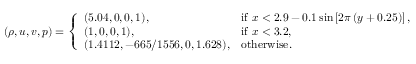
( \rho , u , v , p ) = \left\{ \begin{array} { l l } { ( 5 . 0 4 , 0 , 0 , 1 ) , } & { \mathrm { i f ~ } x < 2 . 9 - 0 . 1 \sin \left[ 2 \pi \left( y + 0 . 2 5 \right) \right] , } \\ { ( 1 , 0 , 0 , 1 ) , } & { \mathrm { i f ~ } x < 3 . 2 , } \\ { ( 1 . 4 1 1 2 , - 6 6 5 / 1 5 5 6 , 0 , 1 . 6 2 8 ) , } & { \mathrm { o t h e r w i s e } . } \end{array} \right.